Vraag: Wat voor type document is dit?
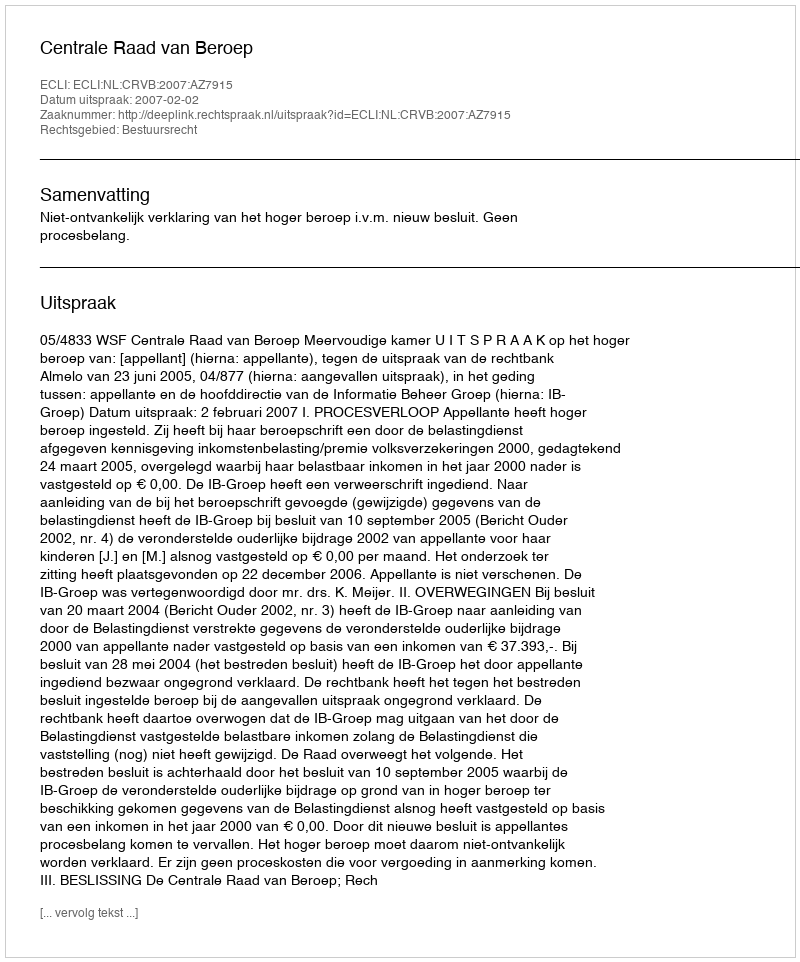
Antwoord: Uitspraak